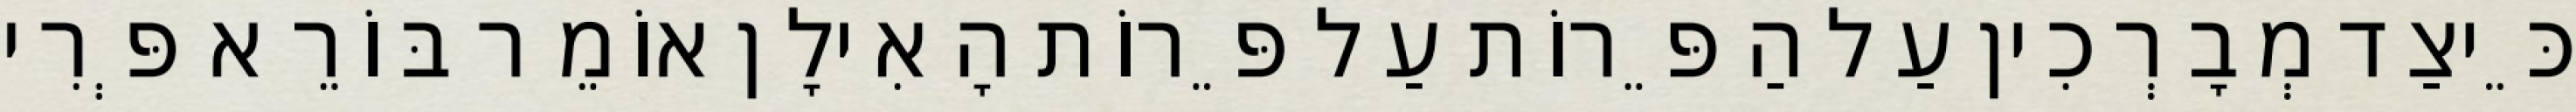
כֵּיצַד מְבָרְכִין עַל הַפֵּרוֹת עַל פֵּרוֹת הָאִילָן אוֹמֵר בּוֹרֵא פְּרִי